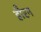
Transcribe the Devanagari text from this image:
हौरन